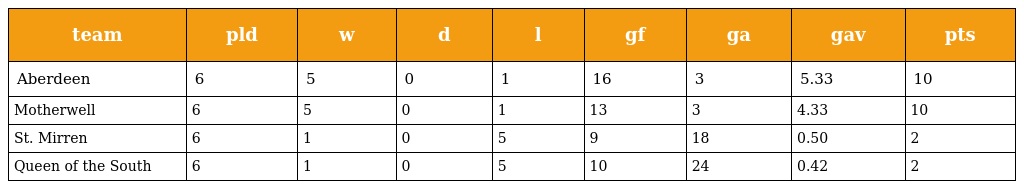
| team | pld | w | d | l | gf | ga | gav | pts |
 | --- | --- | --- | --- | --- | --- | --- | --- | --- |
 | Aberdeen | 6 | 5 | 0 | 1 | 16 | 3 | 5.33 | 10 |
 | Motherwell | 6 | 5 | 0 | 1 | 13 | 3 | 4.33 | 10 |
 | St. Mirren | 6 | 1 | 0 | 5 | 9 | 18 | 0.50 | 2 |
 | Queen of the South | 6 | 1 | 0 | 5 | 10 | 24 | 0.42 | 2 |